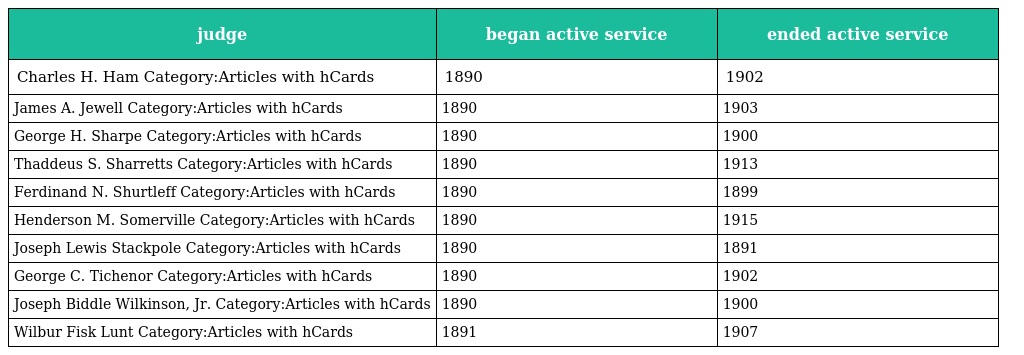
| judge | began active service | ended active service |
 | --- | --- | --- |
 | Charles H. Ham Category:Articles with hCards | 1890 | 1902 |
 | James A. Jewell Category:Articles with hCards | 1890 | 1903 |
 | George H. Sharpe Category:Articles with hCards | 1890 | 1900 |
 | Thaddeus S. Sharretts Category:Articles with hCards | 1890 | 1913 |
 | Ferdinand N. Shurtleff Category:Articles with hCards | 1890 | 1899 |
 | Henderson M. Somerville Category:Articles with hCards | 1890 | 1915 |
 | Joseph Lewis Stackpole Category:Articles with hCards | 1890 | 1891 |
 | George C. Tichenor Category:Articles with hCards | 1890 | 1902 |
 | Joseph Biddle Wilkinson, Jr. Category:Articles with hCards | 1890 | 1900 |
 | Wilbur Fisk Lunt Category:Articles with hCards | 1891 | 1907 |